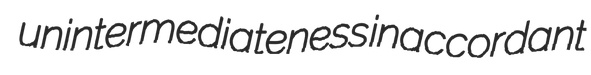
unintermediateness inaccordant